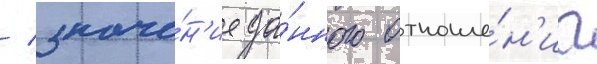
/ значе́н'ие да́нного отноше́н'иа